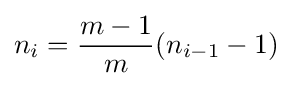
n_{i}={\frac {m-1}{m}}(n_{i-1}-1)